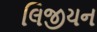
લિજીયન